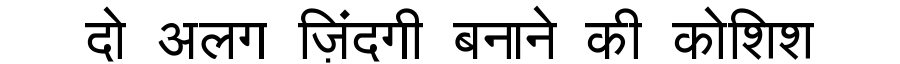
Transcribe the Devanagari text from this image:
दो अलग ज़िंदगी बनाने की कोशिश